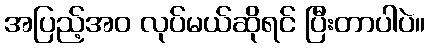
အပြည့်အဝ လုပ်မယ်ဆိုရင် ပြီးတာပါပဲ။